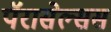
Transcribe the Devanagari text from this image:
पॅरासेल्सस